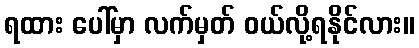
ရထား ပေါ်မှာ လက်မှတ် ဝယ်လို့ရနိုင်လား။